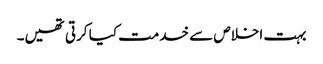
بہت اخلاص سے خدمت کیا کرتی تھیں۔